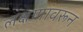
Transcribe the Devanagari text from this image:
लक्षणांवरून